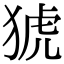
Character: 猇